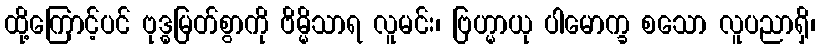
ထို့ကြောင့်ပင် ဗုဒ္ဓမြတ်စွာကို ဗိမ္မိသာရ လူမင်း၊ ဗြဟ္မာယု ပါမောက္ခ စသော လူပညာရှိ၊